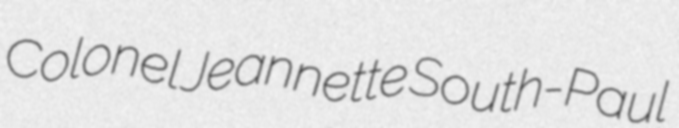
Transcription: Colonel Jeannette South-Paul